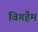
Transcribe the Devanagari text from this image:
विगहैम